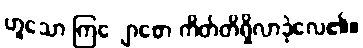
ဟူသော ကြျောစော ကိတ်တိရှိလာခဲ့လေ၏။